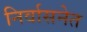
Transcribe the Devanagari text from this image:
निर्वासनेत